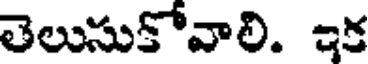
తెలుసుకోవాలి. ఇక